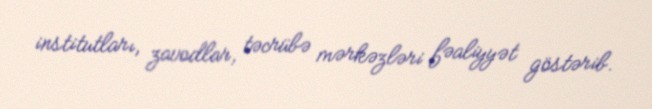
institutları, zavodlar, təcrübə mərkəzləri fəaliyyət göstərib.